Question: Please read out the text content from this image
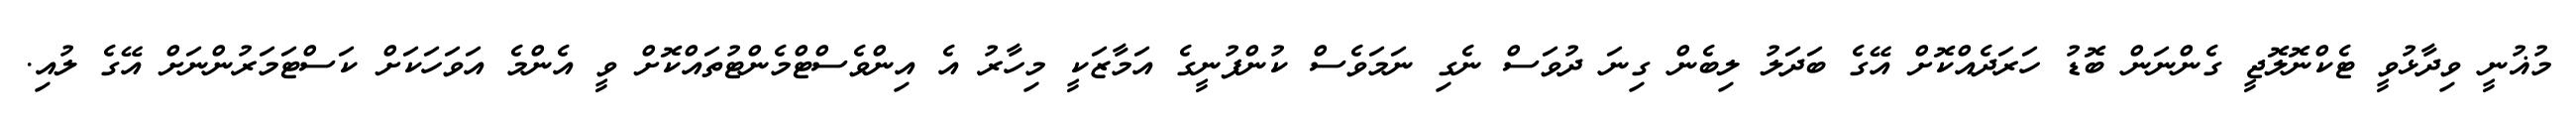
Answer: މުޣުނީ ވިދާޅުވީ ޓެކްނޮލޮޖީ ގެންނަން ބޮޑު ހަރަދެއްކޮށް އޭގެ ބަދަލު ލިބެން ގިނަ ދުވަސް ނެގި ނަމަވެސް ކުންފުނީގެ އަމާޒަކީ މިހާރު އެ އިންވެސްޓްމެންޓުތައްކޮށް ވީ އެންމެ އަވަހަކަށް ކަސްޓަމަރުންނަށް އޭގެ ލުއި.